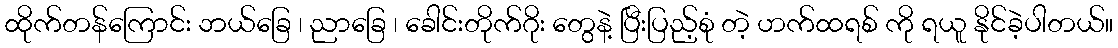
ထိုက်တန်ကြောင်း ဘယ်ခြေ ၊ ညာခြေ ၊ ခေါင်းတိုက်ဂိုး တွေနဲ့ ပြီးပြည့်စုံ တဲ့ ဟက်ထရစ် ကို ရယူ နိုင်ခဲ့ပါတယ်။